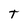
Character: t